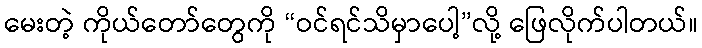
မေးတဲ့ ကိုယ်တော်တွေကို “ဝင်ရင်သိမှာပေါ့”လို့ ဖြေလိုက်ပါတယ်။